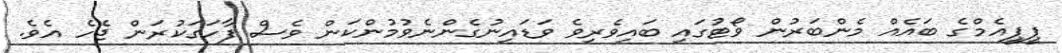
ޕީޕީއެމްގެ ބައެއް މެންބަރުން ވޯޓުގައި ބައިވެރިވެ ވަޑައިނުގެންނެވުމުންކަން ވެސް ފާހަގަކުރަން ޖެހެ އެވެ.